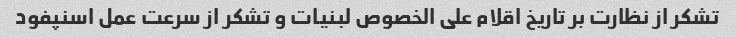
تشکر از نظارت بر تاریخ اقلام علی الخصوص لبنیات و تشکر از سرعت عمل اسنپفود